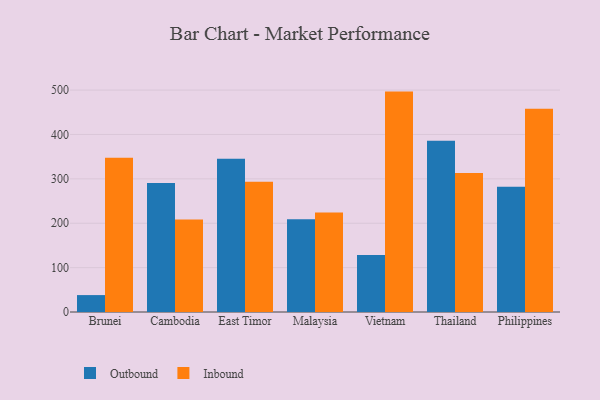
{"axis": {"x": "Country", "y": "Waste Production (Tons)"}, "legend": ["Inbound", "Outbound"], "data": [{"x": "Brunei", "y": 38.1, "type": "Outbound"}, {"x": "Brunei", "y": 347.7, "type": "Inbound"}, {"x": "Cambodia", "y": 290.9, "type": "Outbound"}, {"x": "Cambodia", "y": 208.5, "type": "Inbound"}, {"x": "East Timor", "y": 345.4, "type": "Outbound"}, {"x": "East Timor", "y": 293.6, "type": "Inbound"}, {"x": "Malaysia", "y": 209.0, "type": "Outbound"}, {"x": "Malaysia", "y": 224.1, "type": "Inbound"}, {"x": "Vietnam", "y": 128.4, "type": "Outbound"}, {"x": "Vietnam", "y": 496.6, "type": "Inbound"}, {"x": "Thailand", "y": 385.6, "type": "Outbound"}, {"x": "Thailand", "y": 313.1, "type": "Inbound"}, {"x": "Philippines", "y": 282.4, "type": "Outbound"}, {"x": "Philippines", "y": 457.8, "type": "Inbound"}]}